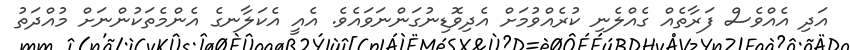
އަދި އެއްވެސް ފަރާތެއް ގެއްލެނި ކުރެއްވުމަށް އެދިވޮޑިނުގަންނަވައެވެ. އެއީ އެކަލާނގެ އެންމެތަކުންނަށް މުއްދަތު